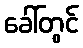
ခေါ်တွင်